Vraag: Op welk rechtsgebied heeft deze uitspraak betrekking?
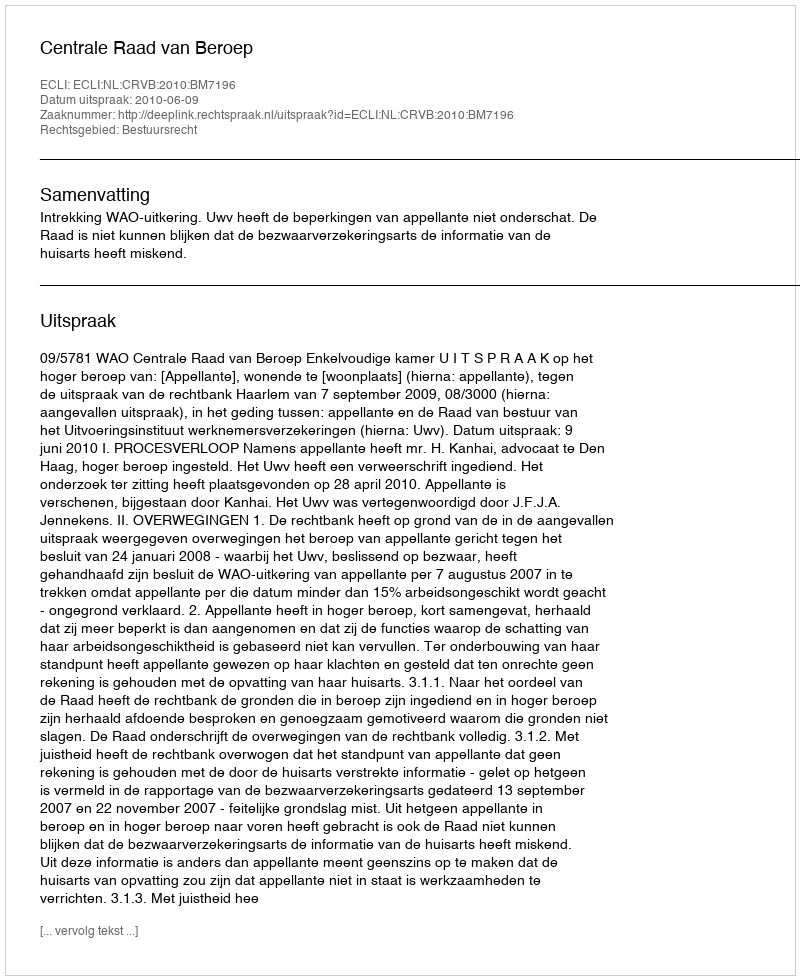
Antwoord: Bestuursrecht